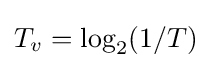
T_{v}=\log _{2}(1/T)